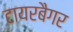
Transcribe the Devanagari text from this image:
टायरबैगर